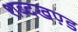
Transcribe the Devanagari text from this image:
शब्दखण़्ड